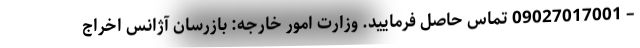
– 09027017001 تماس حاصل فرمایید. وزارت امور خارجه: بازرسان آژانس اخراج